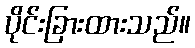
ပိုင်းခြားထားသည်။